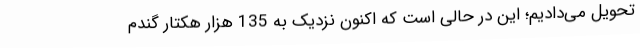
تحویل می‌دادیم؛ این در حالی است که اکنون نزدیک به 135 هزار هکتار گندم